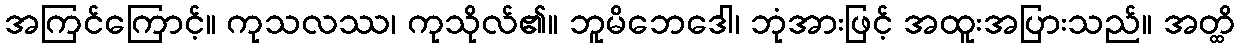
အကြင်ကြောင့်။ ကုသလဿ၊ ကုသိုလ်၏။ ဘူမိဘေဒေါ၊ ဘုံအားဖြင့် အထူးအပြားသည်။ အတ္ထိ